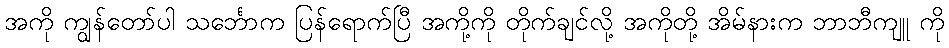
အကို ကျွန်တော်ပါ သင်္ဘောက ပြန်ရောက်ပြီ အကို့ကို တိုက်ချင်လို့ အကိုတို့ အိမ်နားက ဘာဘီကျူ ကို